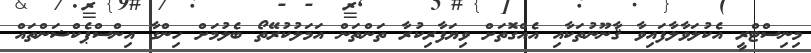
މިނިސްޓްރީ އެކުލަވާލާފައިވާ ޤާނޫނުތަކާއި އެއްގޮތަށް ވިޔަފާރިކުރާ ތަންތަން އަމަލުކުރޭތޯ ބެލުމަށް ހިންގާ އިންސްޕެކްޝަންތައް